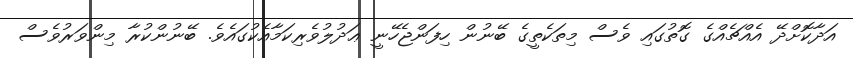
އަދާކޮށްދޭ އެއްޗެއްގެ ގޮތުގައި ވެސް މިތަކެތީގެ ބޭނުން ހިފަންޖެހޭނީ ޢަދުލުވެރިކަމާއެކުގައެވެ. ބޭނުންކުރާ މިންވަރުވެސް